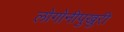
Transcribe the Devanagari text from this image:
लोगोनीपुखुरी